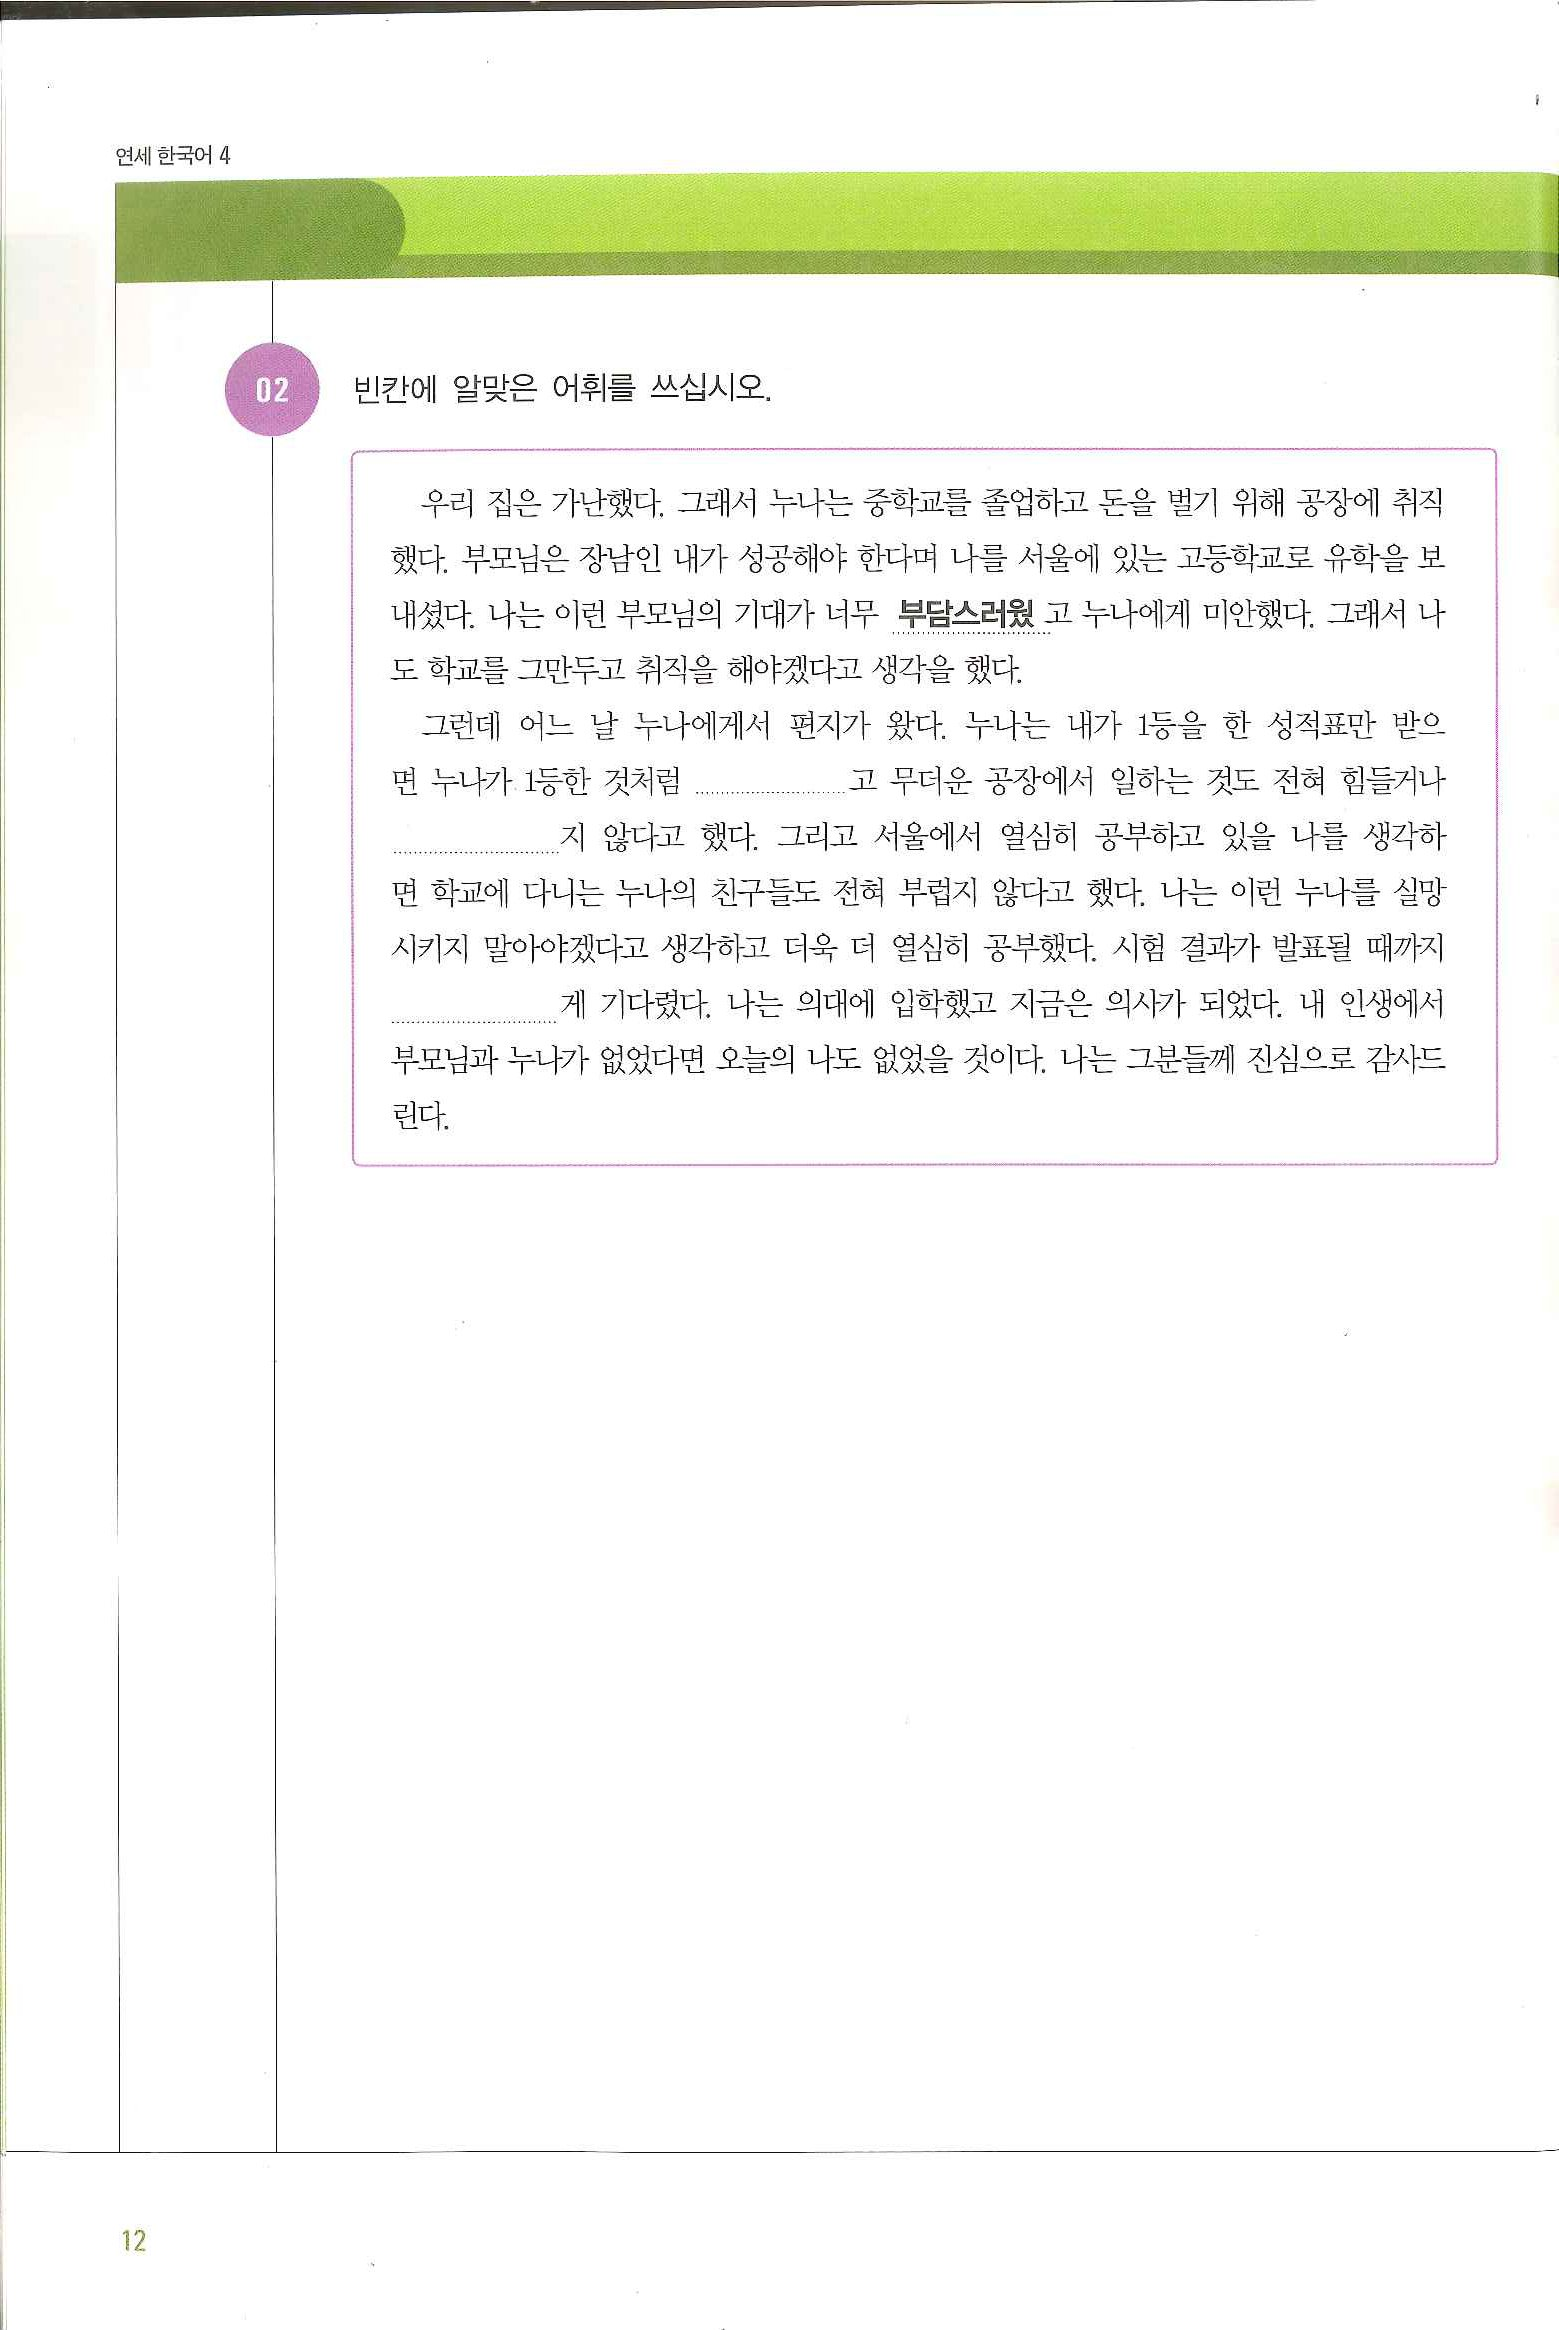
Language: ko